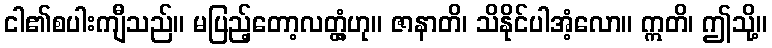
ငါ၏စပါးကျီသည်။ မပြည့်တော့လတ္တံ့ဟု။ ဇာနာတိ၊ သိနိုင်ပါအံ့လော။ ဣတိ၊ ဤသို့။